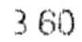
3.60